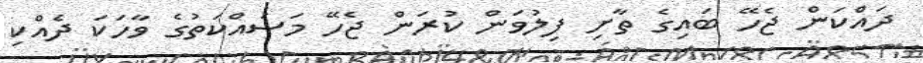
ދައްކަން ޖެހޭ ބައިގެ ތާށި ފިލުވަން ކުރަން ޖެހޭ މަސައްކަތުގެ ވާހަކަ ދެއްކި